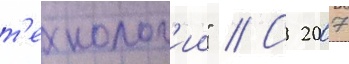
т'ехнолог'ии" // С 2007